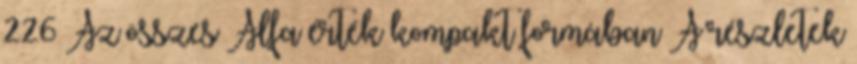
226 Az összes Alfa érték kompakt formában A részletek